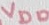
Text: VDD